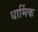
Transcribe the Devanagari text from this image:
धार्मिक